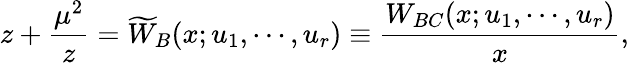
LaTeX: z+{\frac{\mu^{2}}{z}}=\widetilde{W}_{B}(x;u_{1},\cdots,u_{r})\equiv{\frac{W_{BC}(x;u_{1},\cdots,u_{r})}{x}},